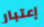
إعتبار